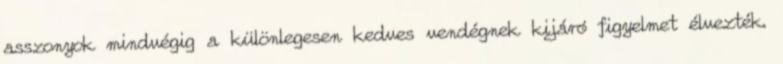
asszonyok mindvégig a különlegesen kedves vendégnek kijáró figyelmet élvezték.